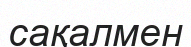
сақалмен